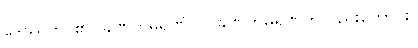
ဒေဿတိ၊ ၏။ ခဏိကမရဏံ ဝါ၊ ခဏိကမရဏကိုလည်းကောင်း။